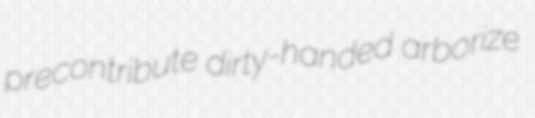
precontribute dirty-handed arborize